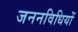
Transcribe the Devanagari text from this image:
जननविधियों